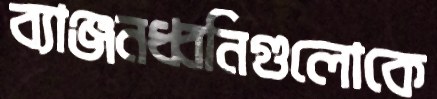
ব্যাঞ্জনধ্বনিগুলোকে